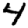
Digit: 4